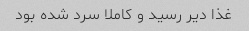
غذا دیر رسید و کاملا سرد شده بود